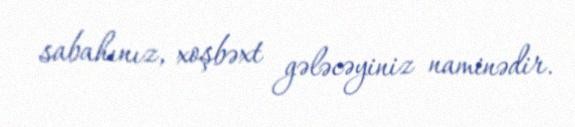
sabahınız, xoşbəxt gələcəyiniz naminədir.